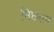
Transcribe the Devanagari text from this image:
निछला